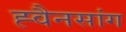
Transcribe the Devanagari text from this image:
ह्वैनसांग